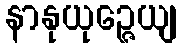
နာနုယုဉ္ဇေယျ